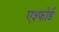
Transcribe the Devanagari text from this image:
एश्फोर्ड